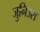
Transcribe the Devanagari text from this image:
जुनिउस